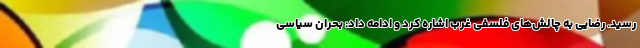
رسید. رضایی به چالش‌های فلسفی غرب اشاره کرد و ادامه داد: بحران سیاسی